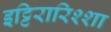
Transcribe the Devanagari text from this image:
इट्टिरारिश्शा